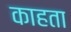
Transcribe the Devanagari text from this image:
काहता